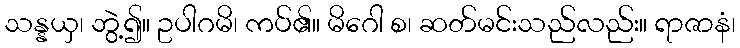
သန္နယှ၊ ဘွဲ့၍။ ဥပါဂမိ၊ ကပ်၏။ မိဂေါ စ၊ ဆတ်မင်းသည်လည်း။ ရာဇာနံ၊